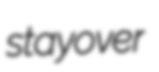
stayover